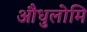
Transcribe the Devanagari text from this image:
औधुलोमि